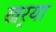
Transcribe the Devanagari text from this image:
खर्‍या